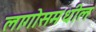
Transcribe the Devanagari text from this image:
लागोसमधील